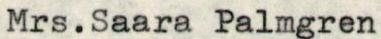
Mrs.Saara Palmgren